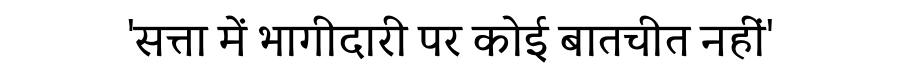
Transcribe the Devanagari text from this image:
'सत्ता में भागीदारी पर कोई बातचीत नहीं'